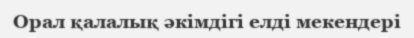
Орал қалалық әкімдігі елді мекендері